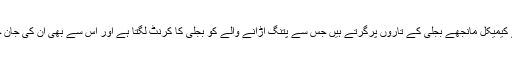
کئی بار ایسے کیمیکل مانجھے بجلی کے تاروں پرگرتے ہیں جس سے پتنگ اڑانے والے کو بجلی کا کرنٹ لگتا ہے اور اس سے بھی ان کی جان چلی جاتی ہے۔